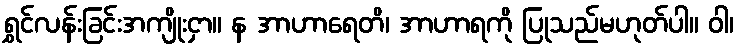
ရွှင်လန်းခြင်းအကျိုးငှာ။ န အာဟာရေတိ၊ အာဟာရကို ပြုသည်မဟုတ်ပါ။ ဝါ၊